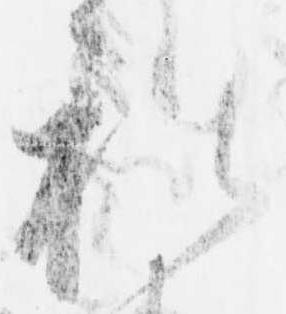
礼